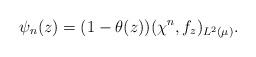
LaTeX: \begin{align*}\psi_n(z)=(1-\theta(z))(\chi^n,f_z)_{L^2(\mu)}.\end{align*}